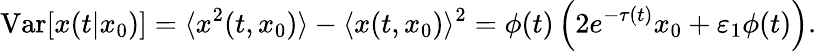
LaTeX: \mathrm{Var}[x(t|x_{0})]=\langle x^{2}(t,x_{0})\rangle-\langle x(t,x_{0})\rangle^{2}=\phi(t)\left(2e^{-\tau(t)}x_{0}+\varepsilon_{1}\phi(t)\right).